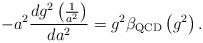
LaTeX: \begin{align*}-a^2\frac{dg^2\left(\frac{1}{a^2}\right)}{da^2}=g^2\beta_{\rm QCD}\left(g^2\right).\end{align*}